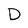
Character: D